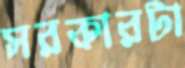
সরকারটা